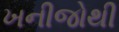
ખનીજોથી